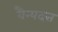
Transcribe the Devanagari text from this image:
वैन्यदत्त